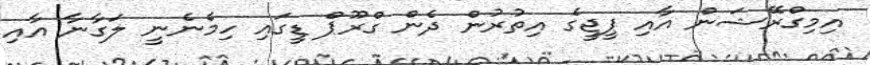
އިމިގްރޭޝަން އާއި ޕީޖީގެ އިތުރުން ދެން ގްރޫޕް ޑީގައި ހިމެނެނީ ލަގާނާ އާއި